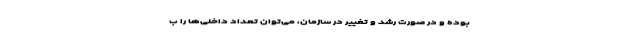
بوده و در صورت رشد و تغییر در سازمان، می‌توان تعداد داخلی‌ها را ب